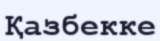
Қазбекке